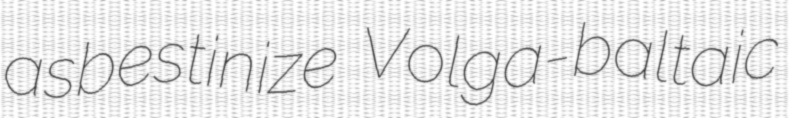
asbestinize Volga-baltaic